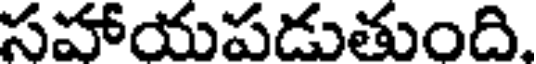
సహాయపడుతుంది.